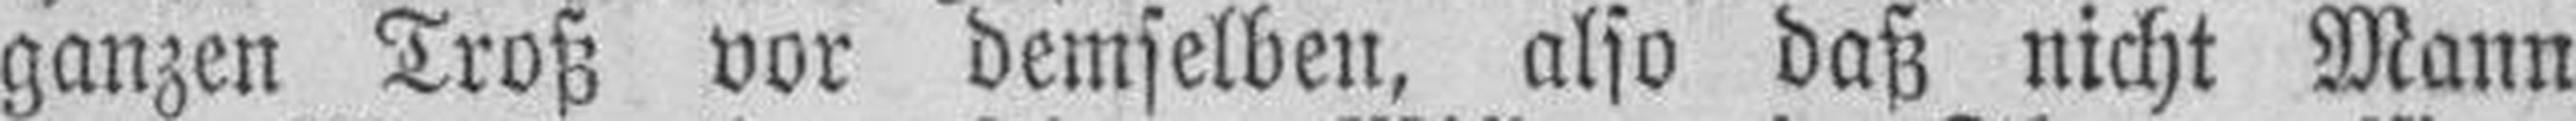
ganzen Troß vor demselben, also daß nicht Mann